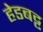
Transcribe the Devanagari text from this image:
हेडबट्ट